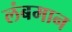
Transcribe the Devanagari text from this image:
लंबमान